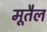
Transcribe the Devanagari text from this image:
मूतैल